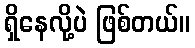
ရှိနေလို့ပဲ ဖြစ်တယ်။